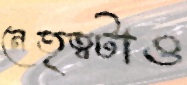
নেতৃত্বটাও